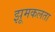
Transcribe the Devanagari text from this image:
झूमकलता